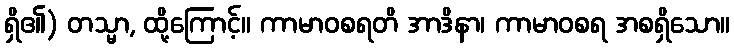
ရှိ၏) တသ္မာ, ထို့ကြောင့်။ ကာမာဝစရတိ အာဒိနာ၊ ကာမာဝစရ အစရှိသော။